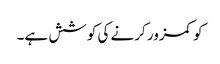
کو کمزور کرنے کی کوشش ہے۔